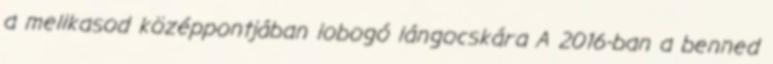
a mellkasod középpontjában lobogó lángocskára A 2016-ban a benned